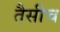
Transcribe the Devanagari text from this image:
तैसीच